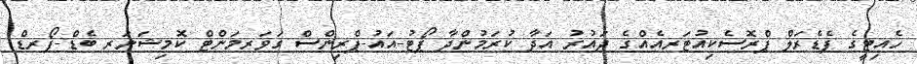
ހެއިޓީގެ ފެޑެރަލް ޕްރޮސެކިއުޓަރއެއްގެ ދައުރު އަދާ ކުރަމުންދާ ޕޯޓު-އައު-ޕްރިންސް ގަވަރމަންޓް ކޮމިޝަނަރ ބެޑް-ފޯރޑް